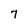
Character: 7